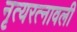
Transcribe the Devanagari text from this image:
नृत्यरत्नावली